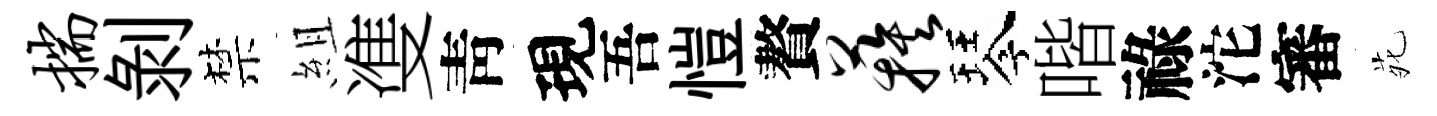
揣剝禁組㕠靑現吾愷贅蔟琴喈祿沱審𫟍